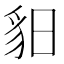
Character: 𧲥